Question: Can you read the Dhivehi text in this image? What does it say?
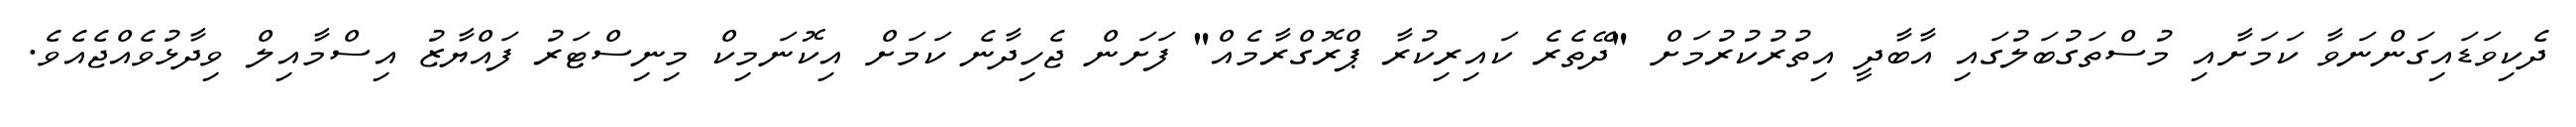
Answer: ދެކިވަޑައިގަންނަވާ ކަމަށާއި މުސްތަގުބަލުގައި އާބާދީ އިތުރުކުރުމަށް "ދޭތެރެ ކައިރިކުރާ ޕްރޮގްރާމެއް" ފަށަން ޖެހިދާނެ ކަމަށް އިކޮނަމިކް މިނިސްޓަރު ފައްޔާޒު އިސްމާއިލް ވިދާޅުވެއްޖެއެވެ.